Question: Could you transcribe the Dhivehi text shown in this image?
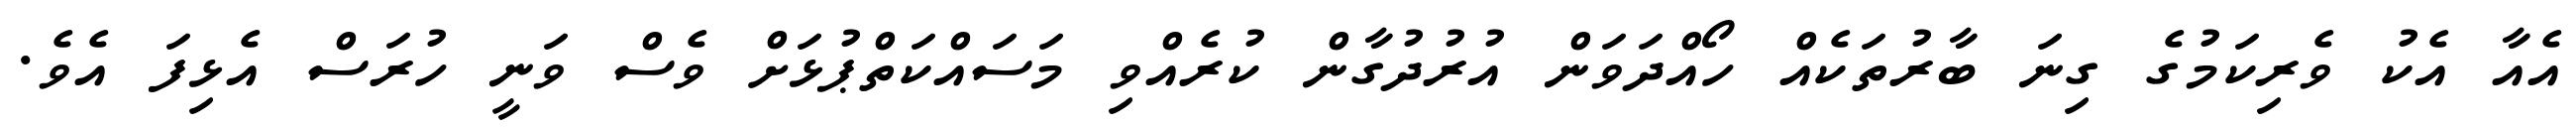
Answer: އެއާ އެކު ވެރިކަމުގެ ގިނަ ބާރުތަކެއް ހޯއްދަވަން އުރުދުގާން ކުރެއްވި މަސައްކަތްޕުޅަށް ވެސް ވަނީ ހުރަސް އެޅިފަ އެވެ.